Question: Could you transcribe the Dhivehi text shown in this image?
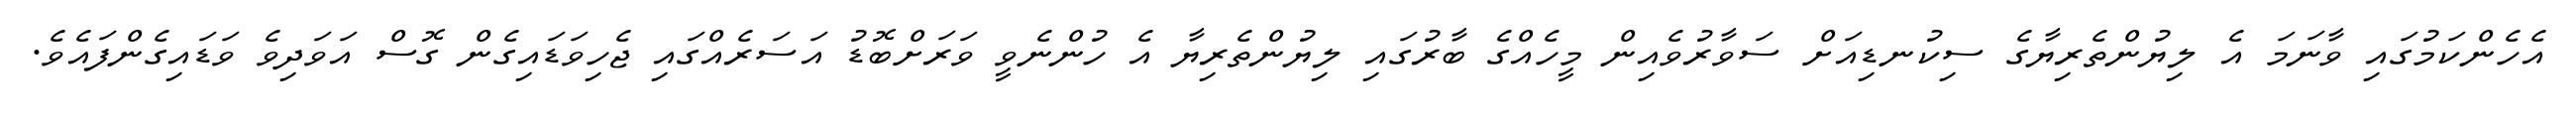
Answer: އެހެންކަމުގައި ވާނަމަ އެ ލިޔުންތެރިޔާގެ ސިކުނޑިއަށް ސަވާރުވެއިން މީހެއްގެ ބާރުގައި ލިޔުންތެރިޔާ އެ ހުންނެވީ ވަރަށްބޮޑު އަސަރެއްގައި ޖެހިވަޑައިގެން ގޮސް އަވަދިވެ ވަޑައިގެންފައެވެ.